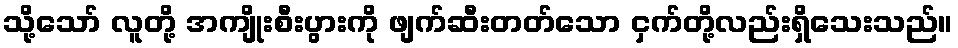
သို့သော် လူတို့ အကျိုးစီးပွားကို ဖျက်ဆီးတတ်သော ငှက်တို့လည်းရှိသေးသည်။